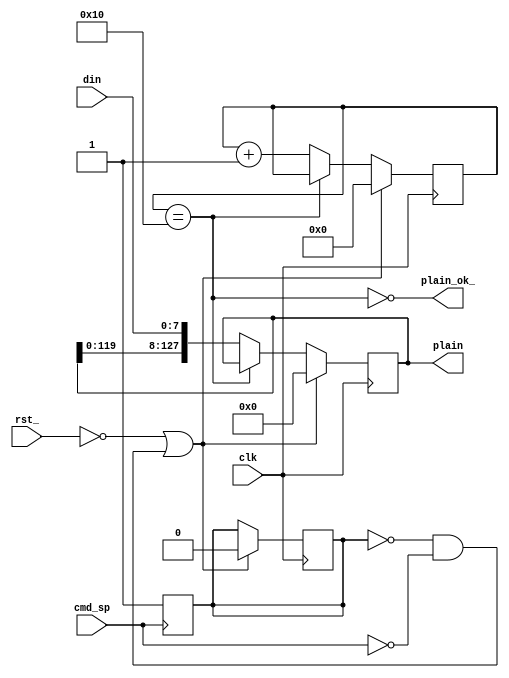
module input_plain(
    input clk,
    input rst_,
    input [8:1] din,
    input cmd_sp,
    output reg [128:1] plain,
    output plain_ok_
);

    reg [5:1] counter;
    reg is_working;

    assign plain_ok_ = ~(counter == 5'b10000);

    always @(posedge cmd_sp) is_working <= 1;

    always @(posedge clk)
    begin
	if (~rst_ | ((is_working==0)&~cmd_sp)) 
	begin
		is_working <= 0;
	    counter <= 5'b0;
	    plain <= 128'b0;
	end
	else if (counter == 5'b10000)
	begin
	    counter <= counter;
	    plain <= plain;
	end
	else
	begin
	    counter <= counter + 1'b1;
	    plain <= {plain[120:1],din};
	end
    end


endmodule